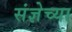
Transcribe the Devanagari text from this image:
संज्ञेच्या